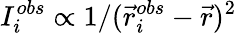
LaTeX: I_{i}^{obs}\propto 1/(\vec{r}_{i}^{obs}-\vec{r})^{2}